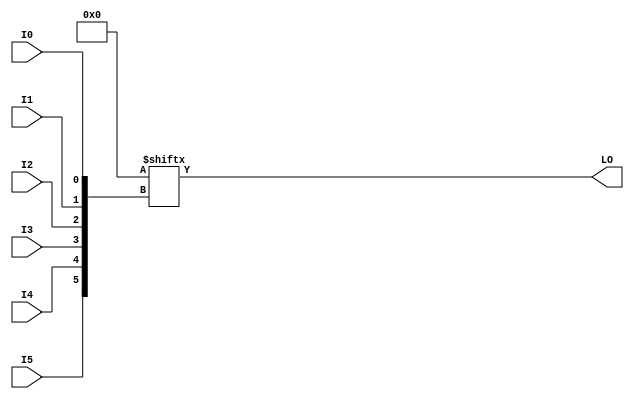
// This program was cloned from: https://github.com/fredrequin/verilator_xilinx
// License: BSD 2-Clause "Simplified" License

`ifdef verilator3
`else
`timescale 1 ps / 1 ps
`endif
//
// LUT6_L primitive for Xilinx FPGAs
// Compatible with Verilator tool (www.veripool.org)
// Copyright (c) 2019-2022 Frdric REQUIN
// License : BSD
//

/* verilator coverage_off */
module LUT6_L
#(
    parameter [63:0] INIT = 64'h0000000000000000
)
(
    input  wire I0, I1, I2, I3, I4, I5,
    output wire LO
);
    wire [5:0] _w_idx = { I5, I4, I3, I2, I1, I0 };
    
    assign LO = INIT[_w_idx];

endmodule
/* verilator coverage_on */